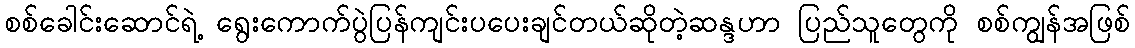
စစ်ခေါင်းဆောင်ရဲ့ ရွေးကောက်ပွဲပြန်ကျင်းပပေးချင်တယ်ဆိုတဲ့ဆန္ဒဟာ ပြည်သူတွေကို စစ်ကျွန်အဖြစ်